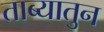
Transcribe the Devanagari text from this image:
ताब्यातुन